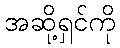
အဆို့ရှင်ကို